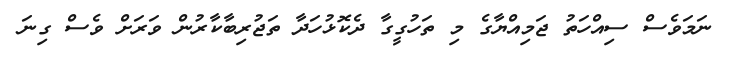
ނަމަވެސް ސިއްހަތު ޖަމިއްޔާގެ މި ތަހުގީގާ ދެކޮޅުހަދާ ތަޖުރިބާކާރުން ވަރަށް ވެސް ގިނަ